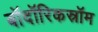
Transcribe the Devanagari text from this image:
बॉदॉरिकस्रॉम